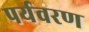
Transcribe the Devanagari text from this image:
पर्यवरण